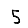
Digit: 5